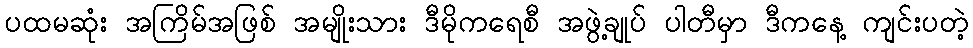
ပထမဆုံး အကြိမ်အဖြစ် အမျိုးသား ဒီမိုကရေစီ အဖွဲ့ချုပ် ပါတီမှာ ဒီကနေ့ ကျင်းပတဲ့